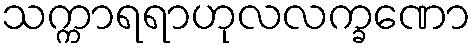
သက္ကာရရာဟုလလက္ခဏော